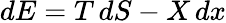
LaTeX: dE=T\, dS-X\, dx